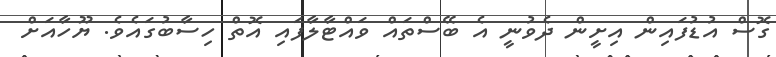
ގޮސް އުޑުފައިން އިށީން ދެވުނީ އެ ބޭސްތައް ވައްޓާލާފަައި އޮތް ހިސާބުގައެވެ. ޔޫހާއަށް